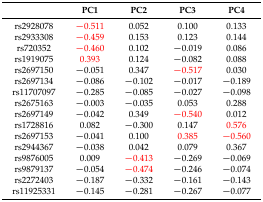
<table><thead><tr><td></td><td><b>PC1</b></td><td><b>PC2</b></td><td><b>PC3</b></td><td><b>PC4</b></td></tr></thead><tbody><tr><td>rs2928078</td><td>−0.511</td><td>0.052</td><td>0.100</td><td>0.133</td></tr><tr><td>rs2933308</td><td>−0.459</td><td>0.153</td><td>0.123</td><td>0.144</td></tr><tr><td>rs720352</td><td>−0.460</td><td>0.102</td><td>−0.019</td><td>0.086</td></tr><tr><td>rs1919075</td><td>0.393</td><td>0.124</td><td>−0.082</td><td>0.088</td></tr><tr><td>rs2697150</td><td>−0.051</td><td>0.347</td><td>−0.517</td><td>0.030</td></tr><tr><td>rs2697134</td><td>−0.086</td><td>−0.102</td><td>−0.017</td><td>−0.189</td></tr><tr><td>rs11707097</td><td>−0.285</td><td>−0.085</td><td>−0.027</td><td>−0.098</td></tr><tr><td>rs2675163</td><td>−0.003</td><td>−0.035</td><td>0.053</td><td>0.288</td></tr><tr><td>rs2697149</td><td>−0.042</td><td>0.349</td><td>−0.540</td><td>0.012</td></tr><tr><td>rs1728816</td><td>0.082</td><td>−0.300</td><td>0.147</td><td>0.576</td></tr><tr><td>rs2697153</td><td>−0.041</td><td>0.100</td><td>0.385</td><td>−0.560</td></tr><tr><td>rs2944367</td><td>−0.038</td><td>0.042</td><td>0.079</td><td>0.367</td></tr><tr><td>rs9876005</td><td>0.009</td><td>−0.413</td><td>−0.269</td><td>−0.069</td></tr><tr><td>rs9879137</td><td>−0.054</td><td>−0.474</td><td>−0.246</td><td>−0.074</td></tr><tr><td>rs2272403</td><td>−0.187</td><td>−0.332</td><td>−0.161</td><td>−0.143</td></tr><tr><td>rs11925331</td><td>−0.145</td><td>−0.281</td><td>−0.267</td><td>−0.077</td></tr></tbody></table>